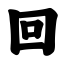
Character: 回